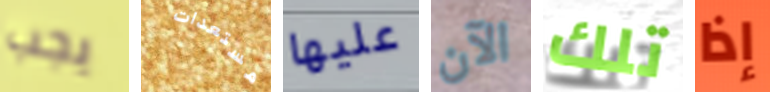
يجب مستعدات عليها الآن تلك إذا